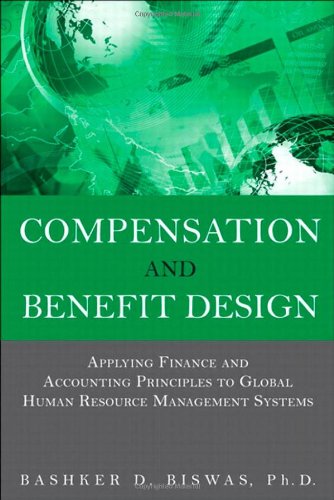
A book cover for Compensation and Benefit Design: Applying Finance and Accounting Principles to Global Human Resource Management Systems; Bashker D. Biswas; Computers & Technology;